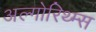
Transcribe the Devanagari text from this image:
अल्गोरिथ्म्स